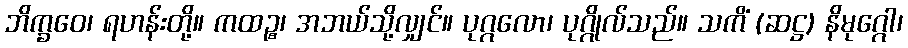
ဘိက္ခဝေ၊ ရဟန်းတို့။ ကထဉ္စ၊ အဘယ်သို့လျှင်။ ပုဂ္ဂလော၊ ပုဂ္ဂိုလ်သည်။ သကိံ (ဆဋ္ဌ) နိမုဂ္ဂေါ၊